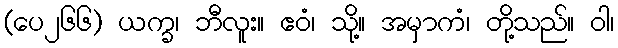
(ပေ၂၆၆) ယက္ခ၊ ဘီလူး။ ဧဝံ၊ သို့။ အမှာကံ၊ တို့သည်။ ဝါ၊